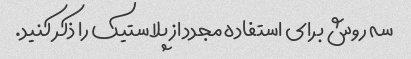
سه روش برای استفاده مجدد از پلاستیک را ذکر کنید.